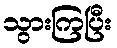
သွားကြပြီး